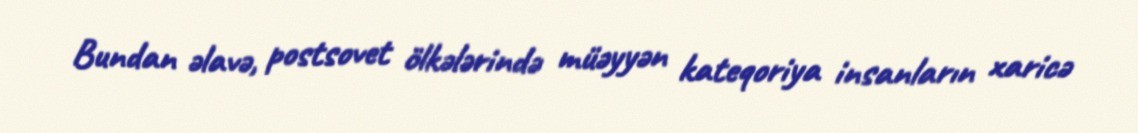
Bundan əlavə, postsovet ölkələrində müəyyən kateqoriya insanların xaricə